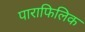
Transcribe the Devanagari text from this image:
पाराफिलिक